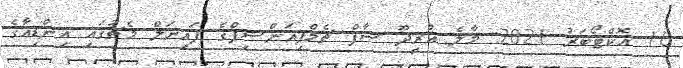
16 އޮކްޓޯބަރު 2021: މާލެ އުރީދޫ ސާފް ޗެމްޕިއަންޝިޕްގެ ފައިނަލް މެޗުގައި އިންޑިއާގެ